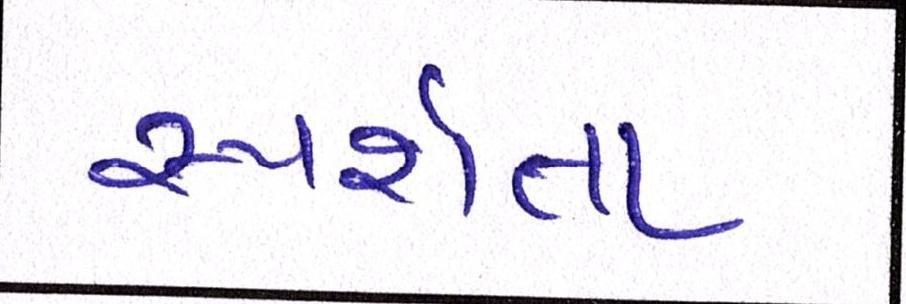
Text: સ્પર્શતા